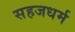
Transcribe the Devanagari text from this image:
सहजधर्म